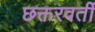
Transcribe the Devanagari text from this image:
छक्तरवर्ती